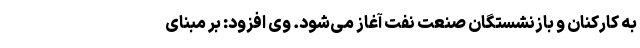
به کارکنان و بازنشستگان صنعت نفت آغاز می‌شود. وی افزود: بر مبنای